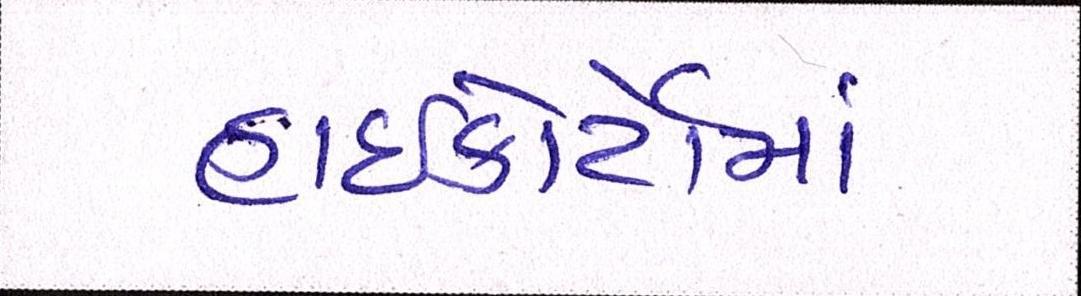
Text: હાઇકોર્ટોમાં